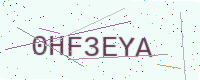
Text: 0HF3EYA